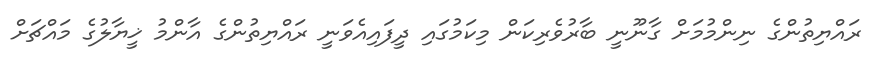
ރައްޔިތުންގެ ނިންމުމަށް ގާނޫނީ ބާރުވެރިކަން މިކަމުގައި ދީފައިއެވަނީ ރައްޔިތުންގެ އާންމު ޚީޔާލުގެ މައްޗަށް